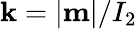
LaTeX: \mathbf{k}=|{\mathbf{m}}|/I_{2}